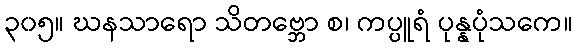
၃၀၅။ ဃနသာရော သိတဗ္ဘော စ၊ ကပ္ပူရံ ပုန္နပုံသကေ။